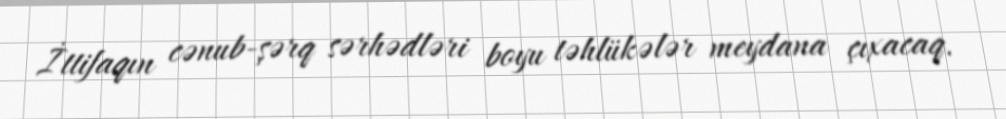
İttifaqın cənub-şərq sərhədləri boyu təhlükələr meydana çıxacaq.